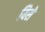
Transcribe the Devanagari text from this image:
यिसे